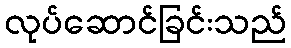
လုပ်ဆောင်ခြင်းသည်